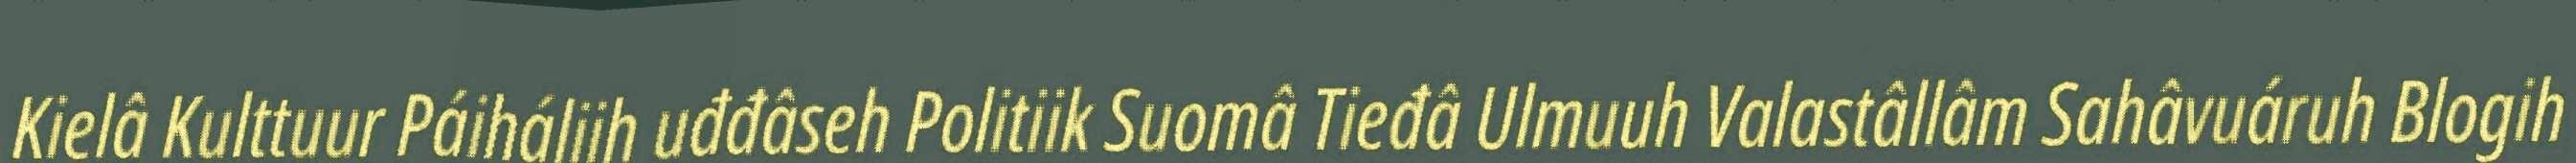
Kielâ Kulttuur Páiháliih uđđâseh Politiik Suomâ Tieđâ Ulmuuh Valastâllâm Sahâvuáruh Blogih